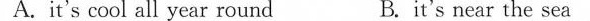
A.it's cool all year round B. it's near the sea